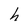
Character: h